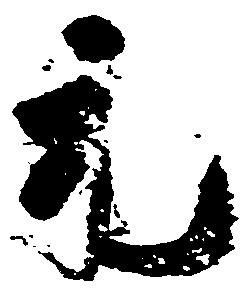
元